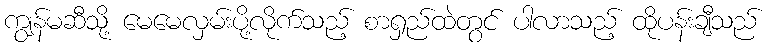
ကျွန်မဆီသို့ မေမေလှမ်းပို့လိုက်သည့် စာရှည်ထဲတွင် ပါလာသည့် ထိုပန်းချီသည်